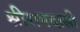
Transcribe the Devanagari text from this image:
श्रीरामदासी